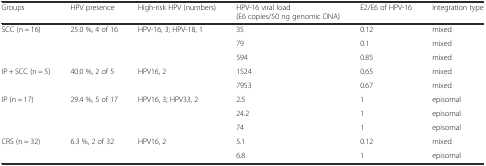
| Groups | HPV presence | High-risk HPV (numbers) | HPV-16 viral load (E6 copies/50 ng genomic DNA) | E2/E6 of HPV-16 | Integration type |
 | --- | --- | --- | --- | --- | --- |
 | SCC (n = 16) | 25.0 %, 4 of 16 | HPV-16, 3; HPV-18, 1 | 35 | 0.12 | mixed |
 |  |  |  | 79 | 0.1 | mixed |
 |  |  |  | 594 | 0.85 | mixed |
 | IP + SCC (n = 5) | 40.0 %, 2 of 5 | HPV16, 2 | 1524 | 0.65 | mixed |
 |  |  |  | 7953 | 0.67 | mixed |
 | IP (n = 17) | 29.4 %, 5 of 17 | HPV16, 3; HPV33, 2 | 2.5 | 1 | episomal |
 |  |  |  | 24.2 | 1 | episomal |
 |  |  |  | 74 | 1 | episomal |
 | CRS (n = 32) | 6.3 %, 2 of 32 | HPV16, 2 | 5.1 | 0.12 | mixed |
 |  |  |  | 6.8 | 1 | episomal |